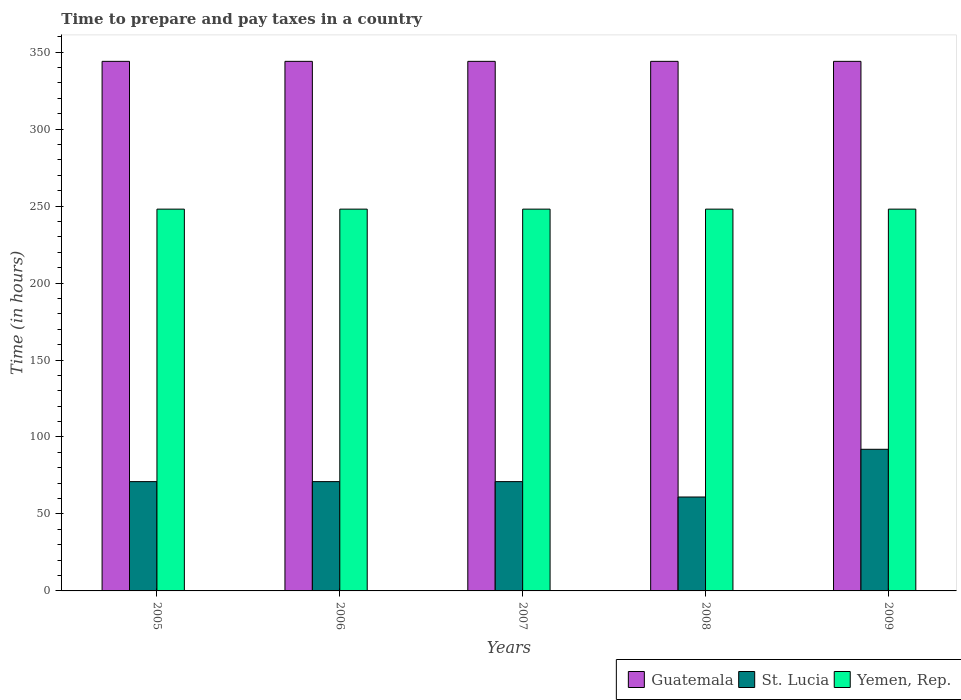
| Years | Guatemala | St. Lucia | Yemen, Rep. |
 | --- | --- | --- | --- |
 | 2005 | 344 | 71 | 248 |
 | 2006 | 344 | 71 | 248 |
 | 2007 | 344 | 71 | 248 |
 | 2008 | 344 | 61 | 248 |
 | 2009 | 344 | 92 | 248 |